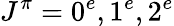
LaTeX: J^{\pi}=0^{e},1^{e},2^{e}